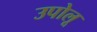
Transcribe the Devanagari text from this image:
उपोलू